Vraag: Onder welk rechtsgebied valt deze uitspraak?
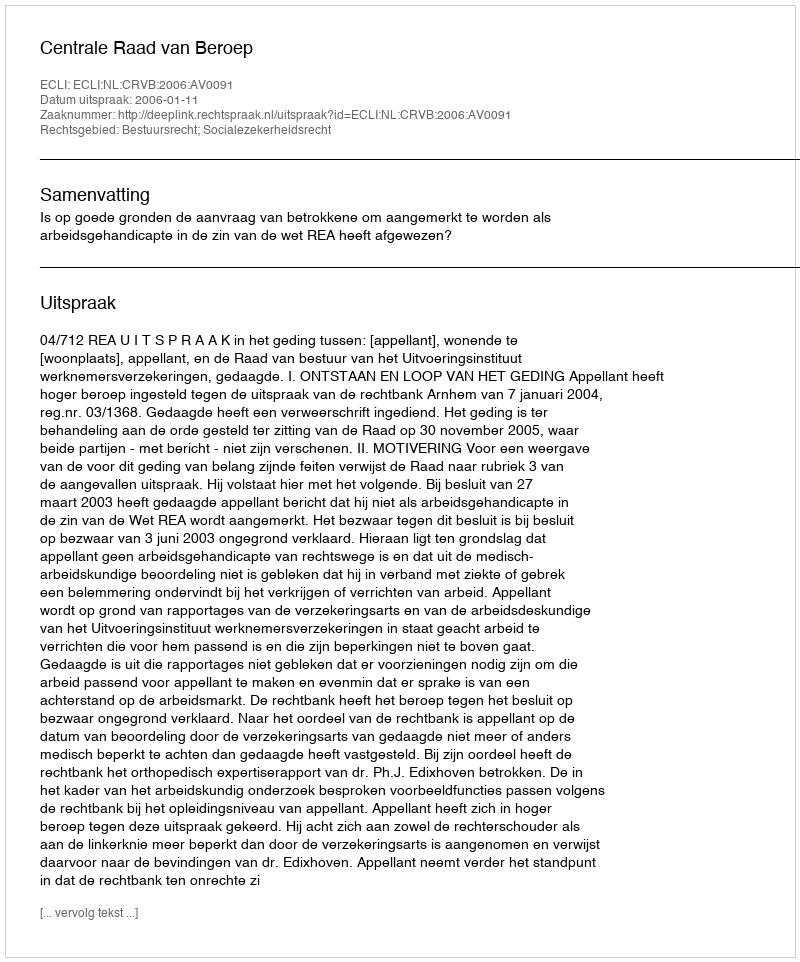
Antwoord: Bestuursrecht; Socialezekerheidsrecht